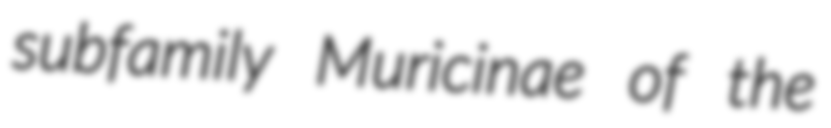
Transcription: subfamily Muricinae of the